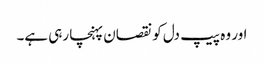
اور وہ پیپ دل کو نقصان پہنچا رہی ہے۔